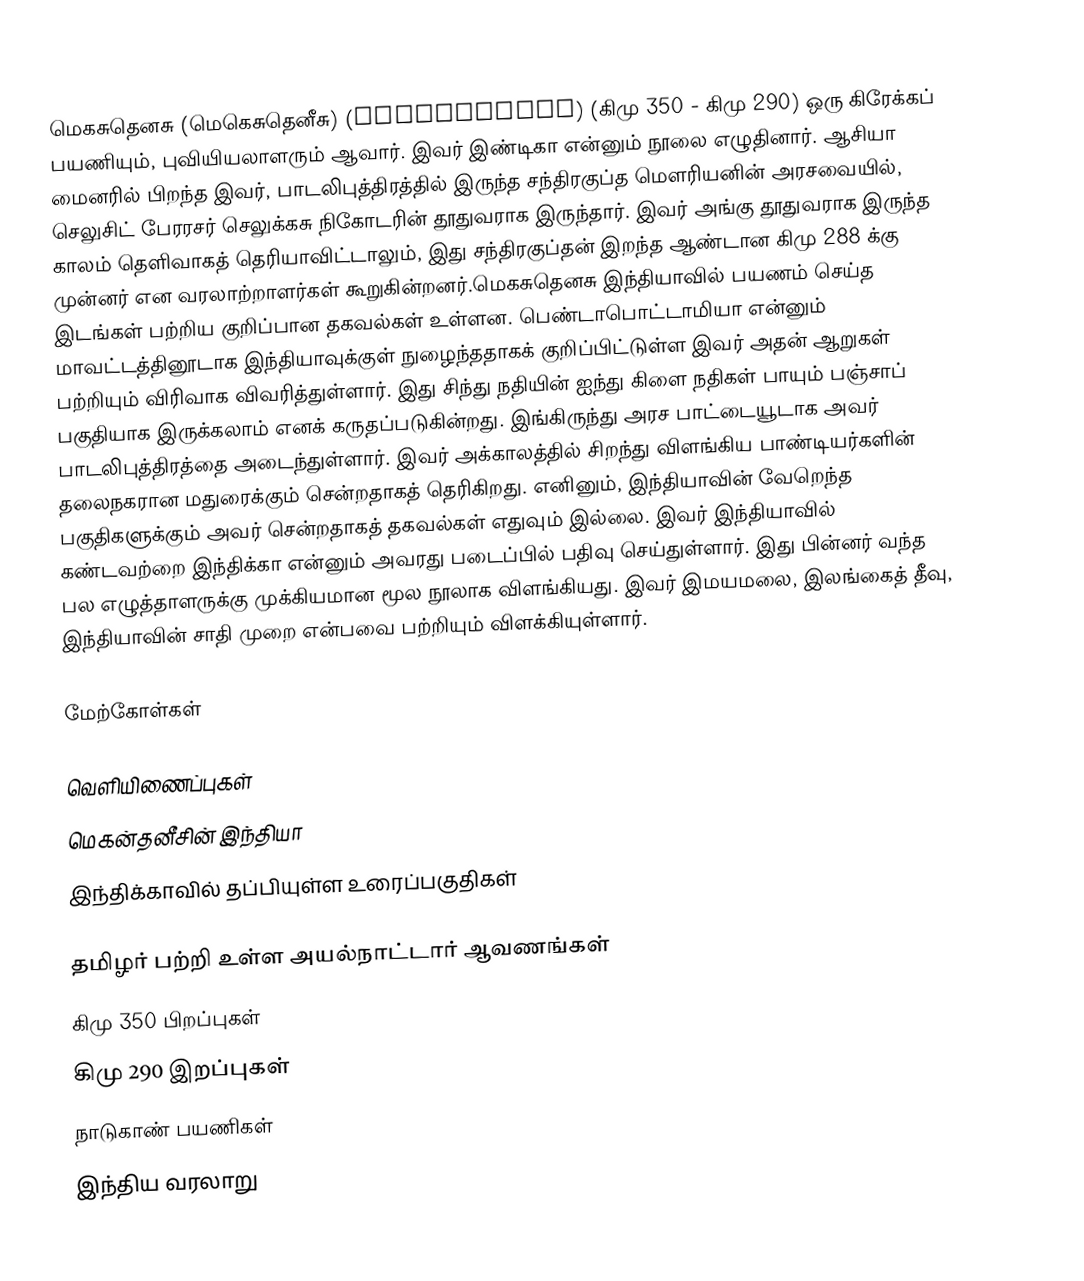
மெகசுதெனசு (மெகெசுதெனீசு) (Megasthenes) (கிமு 350 - கிமு 290) ஒரு கிரேக்கப் பயணியும், புவியியலாளரும் ஆவார். இவர் இண்டிகா என்னும் நூலை எழுதினார். ஆசியா மைனரில் பிறந்த இவர், பாடலிபுத்திரத்தில் இருந்த சந்திரகுப்த மௌரியனின் அரசவையில், செலுசிட் பேரரசர் செலுக்கசு நிகோடரின் தூதுவராக இருந்தார். இவர் அங்கு தூதுவராக இருந்த காலம் தெளிவாகத் தெரியாவிட்டாலும், இது சந்திரகுப்தன் இறந்த ஆண்டான கிமு 288 க்கு முன்னர் என வரலாற்றாளர்கள் கூறுகின்றனர்.மெகசுதெனசு இந்தியாவில் பயணம் செய்த இடங்கள் பற்றிய குறிப்பான தகவல்கள் உள்ளன. பெண்டாபொட்டாமியா என்னும் மாவட்டத்தினூடாக இந்தியாவுக்குள் நுழைந்ததாகக் குறிப்பிட்டுள்ள இவர் அதன் ஆறுகள் பற்றியும் விரிவாக விவரித்துள்ளார். இது சிந்து நதியின் ஐந்து கிளை நதிகள் பாயும் பஞ்சாப் பகுதியாக இருக்கலாம் எனக் கருதப்படுகின்றது. இங்கிருந்து அரச பாட்டையூடாக அவர் பாடலிபுத்திரத்தை அடைந்துள்ளார். இவர் அக்காலத்தில் சிறந்து விளங்கிய பாண்டியர்களின் தலைநகரான மதுரைக்கும் சென்றதாகத் தெரிகிறது. எனினும், இந்தியாவின் வேறெந்த பகுதிகளுக்கும் அவர் சென்றதாகத் தகவல்கள் எதுவும் இல்லை. இவர் இந்தியாவில் கண்டவற்றை இந்திக்கா என்னும் அவரது படைப்பில் பதிவு செய்துள்ளார். இது பின்னர் வந்த பல எழுத்தாளருக்கு முக்கியமான மூல நூலாக விளங்கியது. இவர் இமயமலை, இலங்கைத் தீவு, இந்தியாவின் சாதி முறை என்பவை பற்றியும் விளக்கியுள்ளார்.

மேற்கோள்கள்

வெளியிணைப்புகள்
மெகன்தனீசின் இந்தியா
 இந்திக்காவில் தப்பியுள்ள உரைப்பகுதிகள்

தமிழர் பற்றி உள்ள அயல்நாட்டார் ஆவணங்கள்
கிமு 350 பிறப்புகள்
கிமு 290 இறப்புகள்
நாடுகாண் பயணிகள்
இந்திய வரலாறு